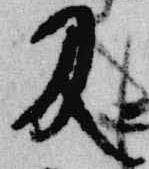
及